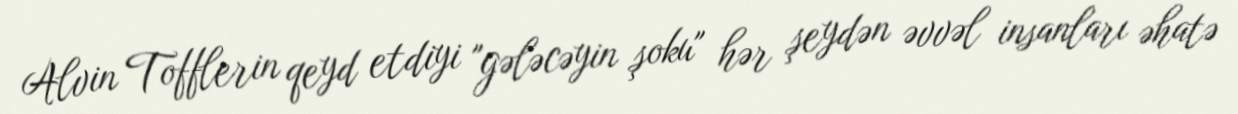
Alvin Tofflerin qeyd etdiyi "gələcəyin şoku" hər şeydən əvvəl insanları əhatə